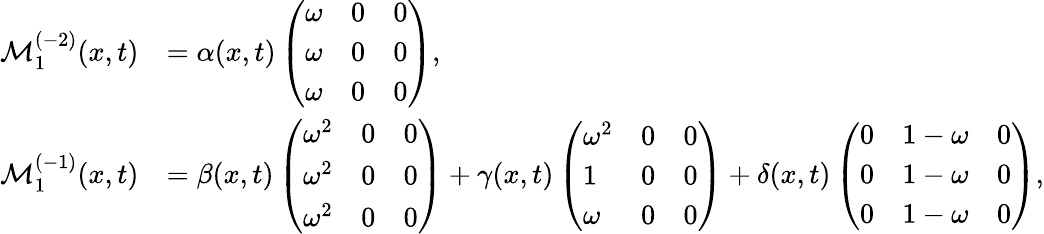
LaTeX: \begin{array}{rl}{\mathcal{M}_{1}^{(-2)}(x,t)}&{=\alpha(x,t)\left(\begin{array}{lll}{\omega}&{0}&{0}\\ {\omega}&{0}&{0}\\ {\omega}&{0}&{0}\end{array}\right),}\\ {\mathcal{M}_{1}^{(-1)}(x,t)}&{=\beta(x,t)\left(\begin{array}{lll}{\omega^{2}}&{0}&{0}\\ {\omega^{2}}&{0}&{0}\\ {\omega^{2}}&{0}&{0}\end{array}\right)+\gamma(x,t)\left(\begin{array}{lll}{\omega^{2}}&{0}&{0}\\ {1}&{0}&{0}\\ {\omega}&{0}&{0}\end{array}\right)+\delta(x,t)\left(\begin{array}{lll}{0}&{1-\omega}&{0}\\ {0}&{1-\omega}&{0}\\ {0}&{1-\omega}&{0}\end{array}\right),}\end{array}